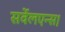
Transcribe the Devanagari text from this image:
सर्वेलएन्स।